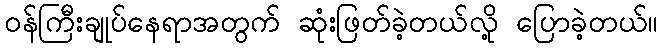
ဝန်ကြီးချုပ်နေရာအတွက် ဆုံးဖြတ်ခဲ့တယ်လို့ ပြောခဲ့တယ်။